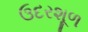
ઉદરશૂળ